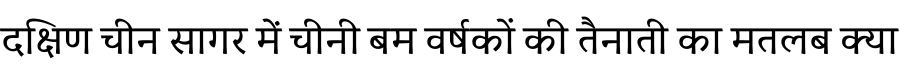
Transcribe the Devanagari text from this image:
दक्षिण चीन सागर में चीनी बम वर्षकों की तैनाती का मतलब क्या